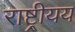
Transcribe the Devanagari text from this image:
राष्ट्रीयय